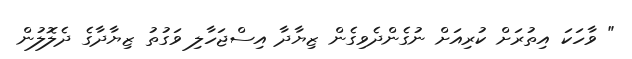
" ވާހަކަ އިތުރަށް ކުރިއަށް ނުގެންދެވިގެން ޒިޔާދާ އިސްޖަހާލި ވަގުތު ޒިޔާދާގެ ދެލޮލުން